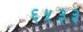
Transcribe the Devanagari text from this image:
६५३३